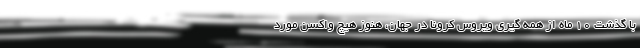
با گذشت ۱۰ ماه از همه گیری ویروس کرونا در جهان، هنوز هیچ واکسن مورد